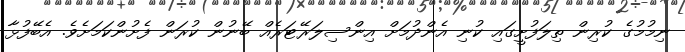
ނިމުމުގެ ކުރިން ތިލަފުށީގައި ކުނި އެންދުމަށް އިންސިލަރޭޓަރެއް ބޭނުން ކުރަން ފެށުންކަމަށެވެ. އެބޭފުޅާ